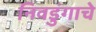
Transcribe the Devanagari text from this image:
निवडुंगाचे